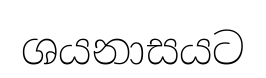
ශයනාසයට